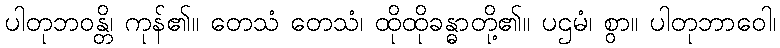
ပါတုဘဝန္တိ၊ ကုန်၏။ တေသံ တေသံ၊ ထိုထိုခန္ဓာတို့၏။ ပဌမံ၊ စွာ။ ပါတုဘာဝေါ၊